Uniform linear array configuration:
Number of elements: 16
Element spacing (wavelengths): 1
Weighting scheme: kaiser
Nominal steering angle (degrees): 60
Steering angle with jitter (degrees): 61.002
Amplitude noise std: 0.05
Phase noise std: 0.05

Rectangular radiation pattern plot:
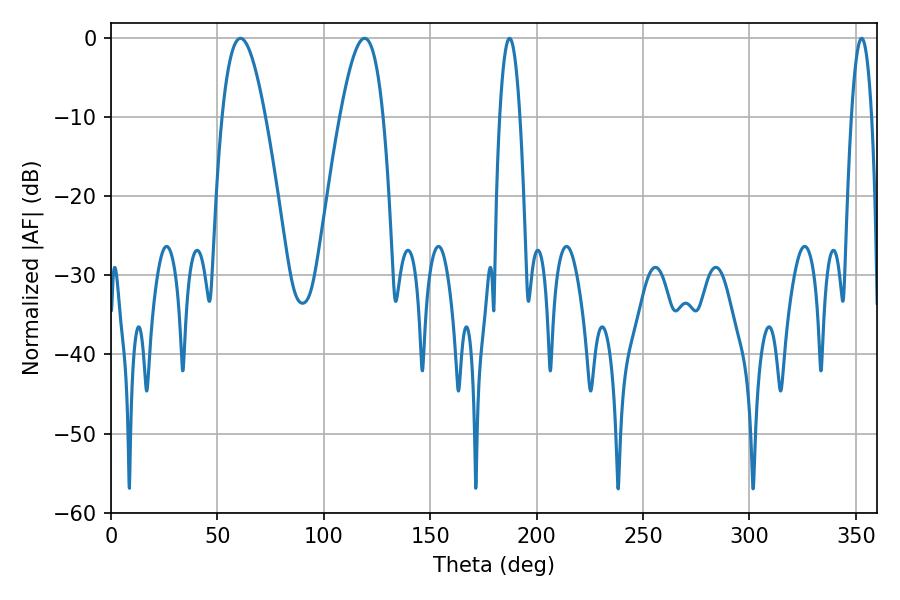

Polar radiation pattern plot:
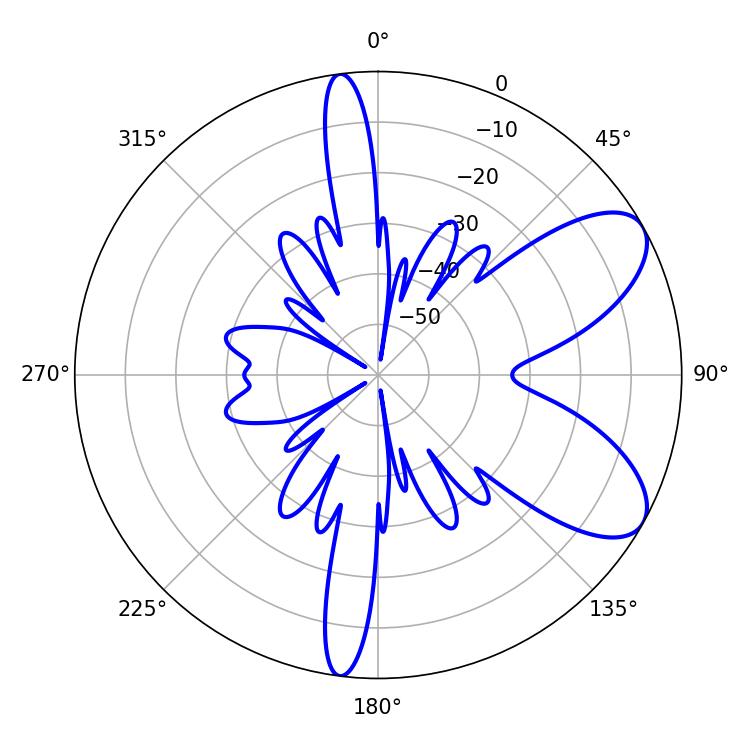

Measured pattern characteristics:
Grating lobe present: TRUE
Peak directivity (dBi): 7.692
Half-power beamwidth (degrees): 10.98
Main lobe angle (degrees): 60.84